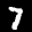
Label: 7